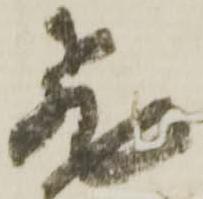
飛